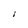
Character: I